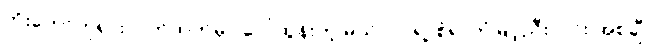
ဘိုးတော်ဘုရားလက်ထက်မှာ ပေါ်ထွန်းတဲ့ မယ်လုပ်ရဲ့ စံရာဘုံမြင့်ညီးလင်း အစချီ